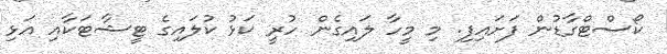
ކޯސްޓްގާޑުން ފަށައިފި. މި މީހާ ލައިގެން ހުރީ ކަޅު ކުލައިގެ ޓީޝާޓަކާއި އަޅި